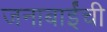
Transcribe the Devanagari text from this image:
जनाबाईंची